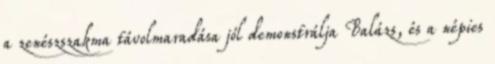
a zenészszakma távolmaradása jól demonstrálja Balázs, és a népies